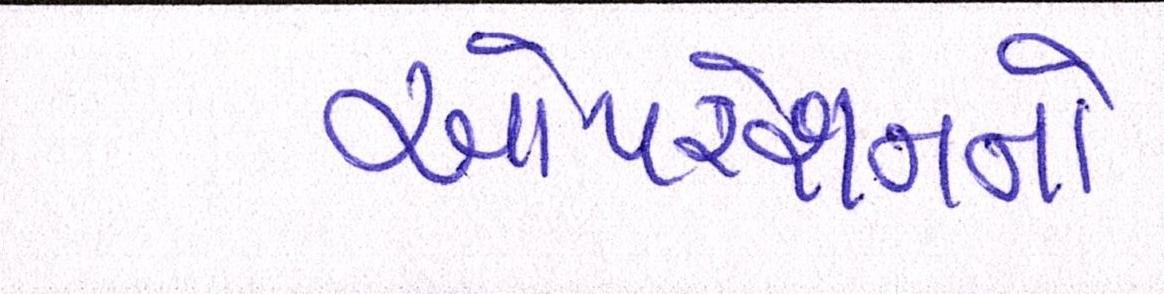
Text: ઓપરેશનનો